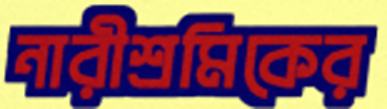
নারীশ্রমিকের